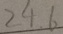
2 4 . 6